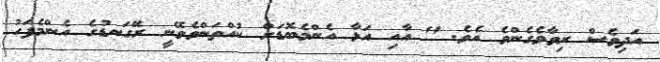
އަދިވެސް ރިވާވެގެންވެ އެވެ. " އާއި އަޅާ އެންމެބޮޑަށް ކުއްތަންވެވޭނީ ރޭގަނޑުގެ އެންމެފަހު